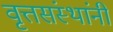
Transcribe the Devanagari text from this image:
वृत्तसंस्थांनी